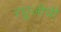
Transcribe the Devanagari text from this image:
रघूजीची